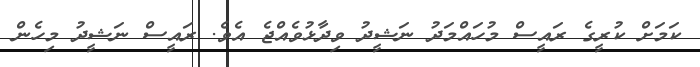
ކަމަށް ކުރީގެ ރައީސް މުހައްމަދު ނަޝީދު ވިދާޅުވެއްޖެ އެވެ. ރައީސް ނަޝީދު މިހެން